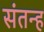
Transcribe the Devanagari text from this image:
संतन्ह